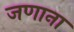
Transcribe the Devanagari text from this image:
जणाना